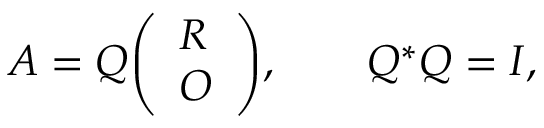
A = Q { \left( \begin{array} { l } { R } \\ { O } \end{array} \right) } , \qquad Q ^ { * } Q = I ,